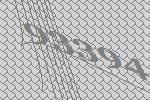
93394